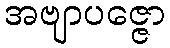
အဗျာပဇ္ဇော